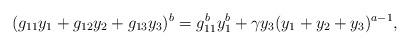
LaTeX: \begin{align*}(g_{11}y_1+g_{12}y_2+g_{13}y_3)^b=g_{11}^by_1^b+\gamma y_3(y_1+y_2+y_3)^{a-1},\end{align*}